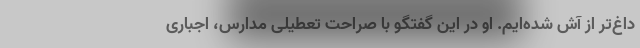
داغ‌تر از آش شده‌ایم. او در این گفتگو با صراحت تعطیلی مدارس، اجباری